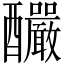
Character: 釅